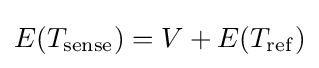
E(T_{\mathrm {sense} })=V+E(T_{\mathrm {ref} })